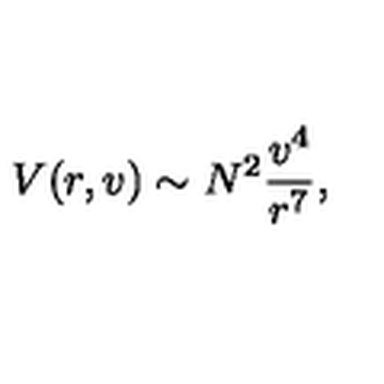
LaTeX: V ( r , v ) \sim N ^ { 2 } \frac { v ^ { 4 } } { r ^ { 7 } } ,